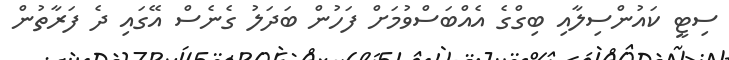
ސިޓީ ކައުންސިލާއި ބިގްގެ އެއްބަސްވުމަށް ފަހުން ބަދަލު ގެނެސް އޭގައި ދެ ފަރާތުން